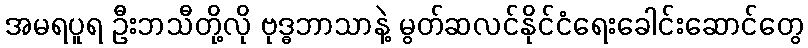
အမရပူရ ဦးဘသီတို့လို ဗုဒ္ဓဘာသာနဲ့ မွတ်ဆလင်နိုင်ငံရေးခေါင်းဆောင်တွေ